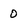
Character: 0